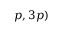
p , 3 p )